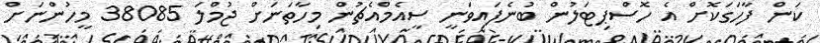
ކަން ފާހަގަކޮށް އެ ހޮސްޕިޓަލުން ބުނެފައިވަނީ ސީއެމްއެޗުން މިހާތަނަށް ޖުމްލަ 38085 މީހުންނަށް